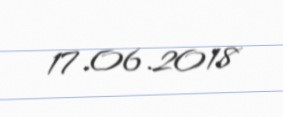
17.06.2018